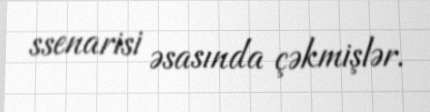
ssenarisi əsasında çəkmişlər.